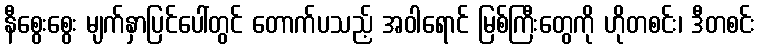
နီစွေးစွေး မျက်နှာပြင်ပေါ်တွင် တောက်ပသည့် အဝါရောင် မြစ်ကြီးတွေကို ဟိုတစင်း၊ ဒီတစင်း